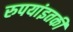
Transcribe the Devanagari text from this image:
रुपयांइतकी